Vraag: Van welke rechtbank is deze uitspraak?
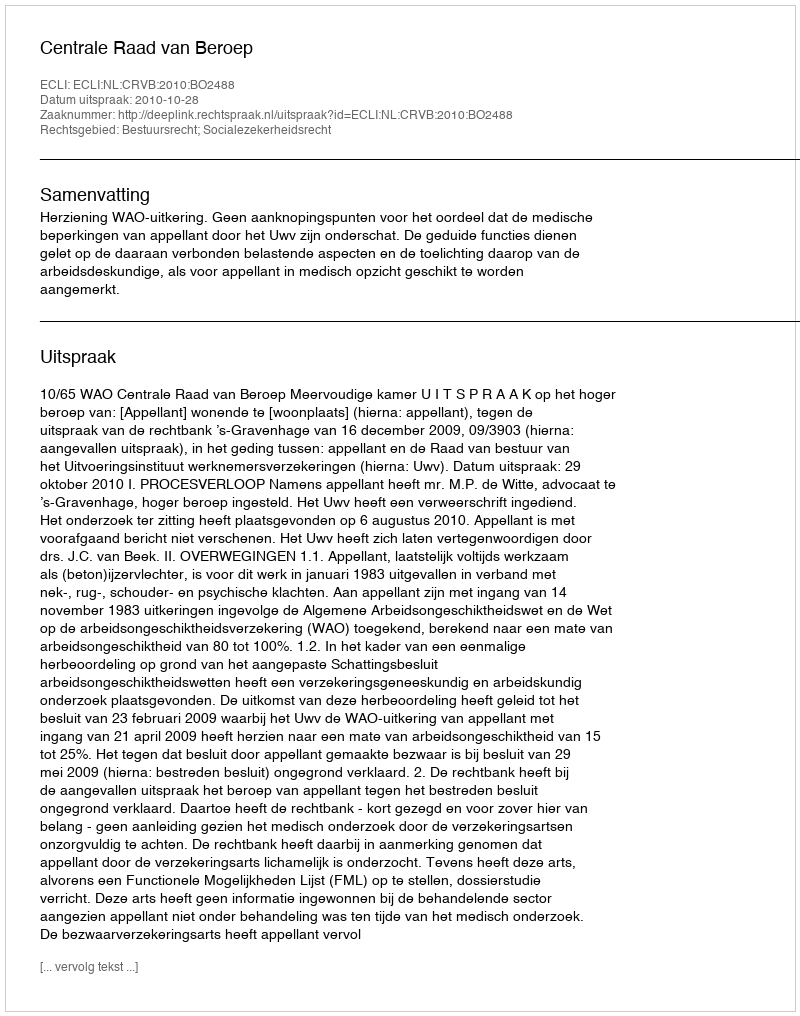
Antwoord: Centrale Raad van Beroep